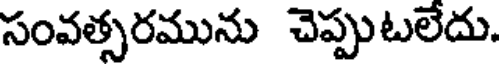
సంవత్సరమును చెప్పుటలేదు.